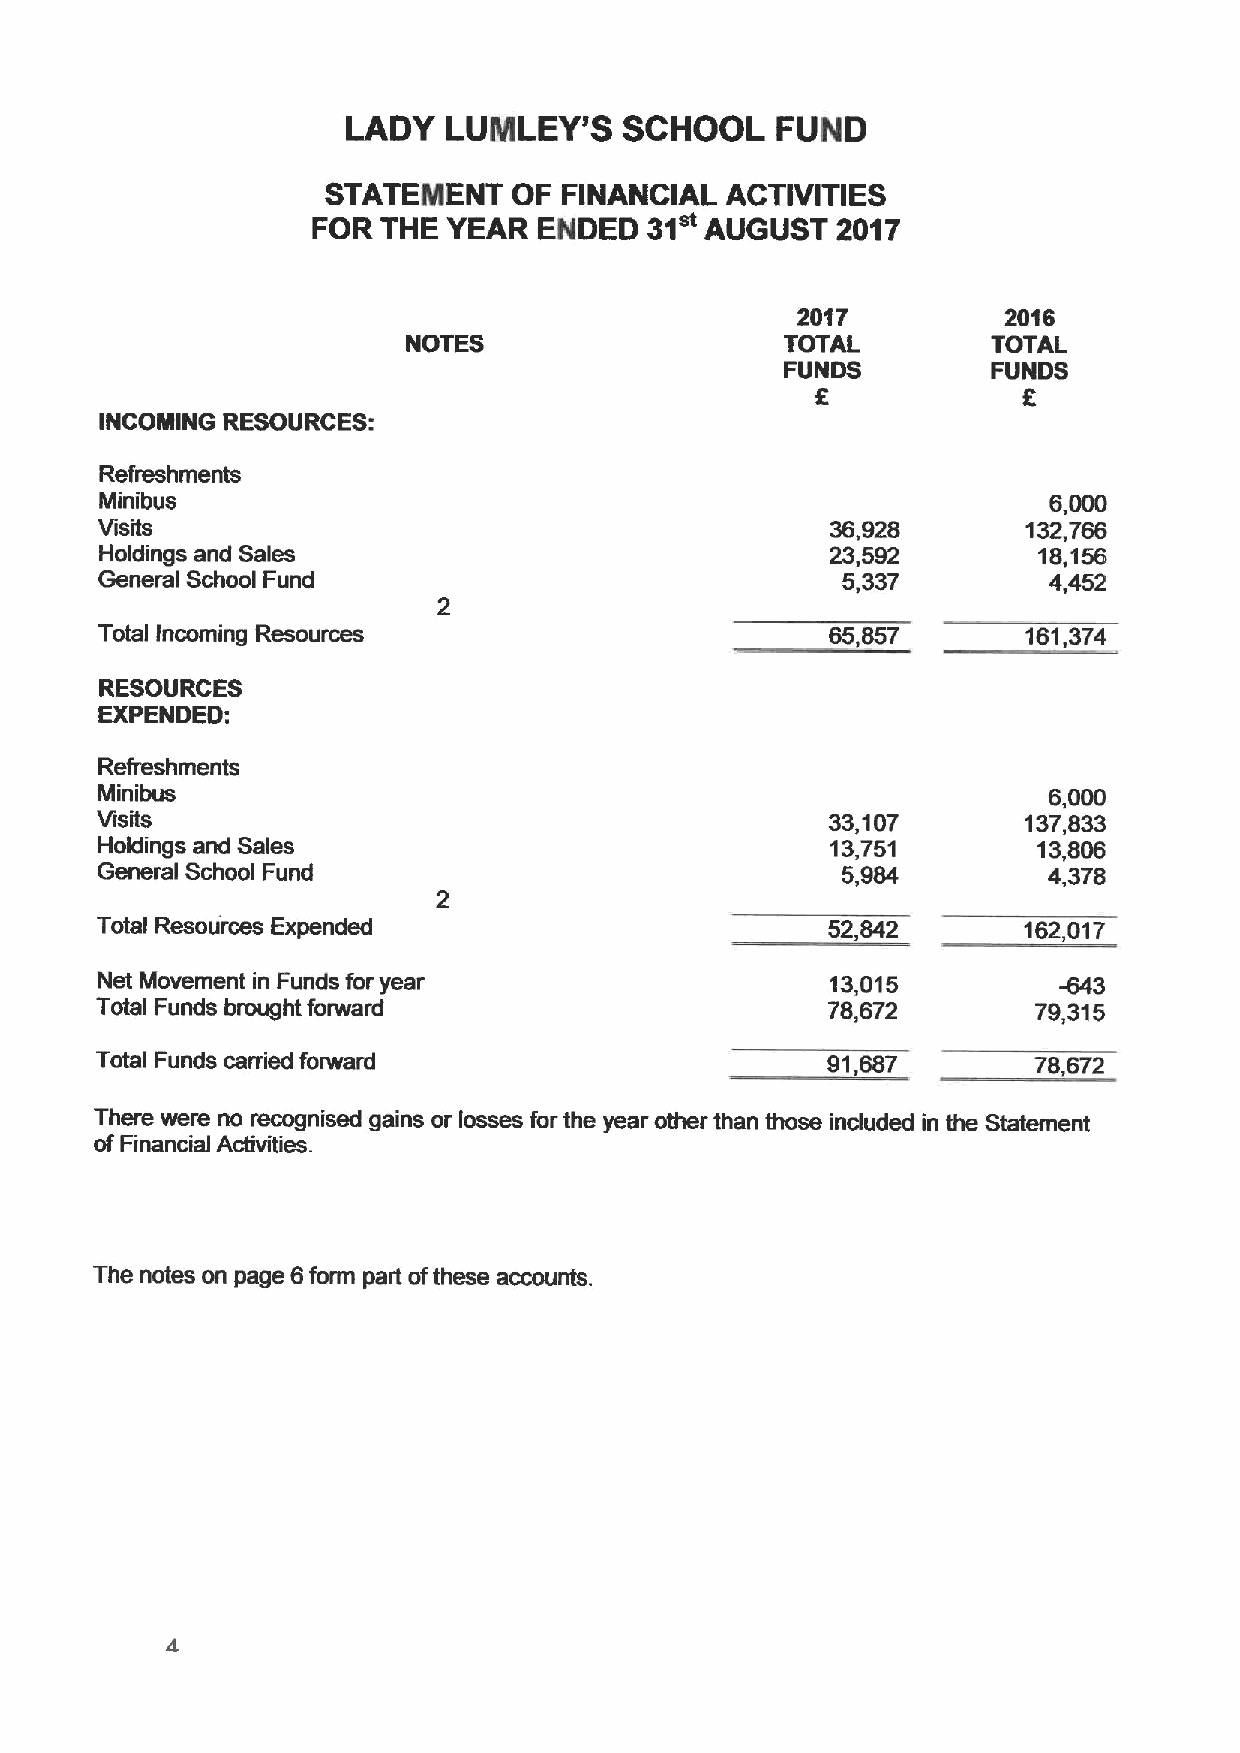
LADY  LUNLEY'S    SCHOOL    FUND
 STATEMENT   OF FINANCIAL  ACTIVITIES
 FOR THE  YEAR  ENDED  31  AUGUST  2017
 2017         2016
 NOTES                    TOTAL         TOTAL
 FUNDS         FUNDS
 E
 INCOMING RESOURCES:
 Refreshments
 Minibus                                                       6,000
 Visits                                           36,928       132,766
 Holdings and Sales                              23,592        18,156
 General School Fund                              5,337        4,452
 Total Incoming Resources                         65,857       161,374
 RESOURCES
 EXPENDED:
 Refreshments
 Minibus                                                        6,000
 Visits                                           33,107       137,833
 Holdings and Sales                               13,751        13,806
 General School Fund                               5,984        4,378
 Total Resources Expended                         52,842       162,017
 Net Movement in Funds for year                   13,015         -643
 Total Funds brought forward                      78,672        79,315
 Total Funds carried forward                      91,687       78,672
 There were no recognised gains or losses for the year other than those induded in the Statement
 ofFinancial Activities.
 The notes on page 6form part ofthese accounts.